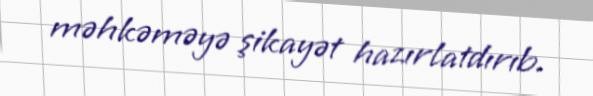
məhkəməyə şikayət hazırlatdırıb.